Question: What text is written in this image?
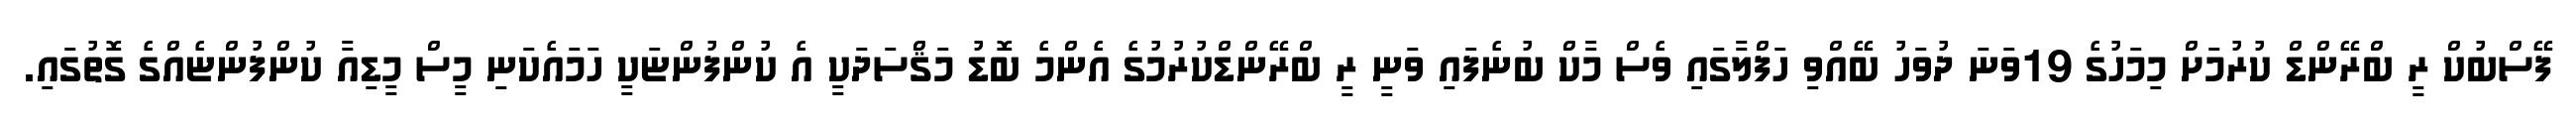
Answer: ފޭސްބުކް ރީ ބްރޭންޑް ކުރުމަށް މިމަހުގެ 19ވަނަ ދުވަހު ބޭއްވި ހަފްލާގައި ވެސް މާކް ބުނެފައި ވަނީ ރީ ބްރޭންޑްކުރުމުގެ އެންމެ ބޮޑު މަޤްސަދަކީ އެ ކުންފުންޏަކީ ހަމައެކަނި މީސް މީޑިއާ ކުންފުންޏެއްގެ ގޮތުގައި.